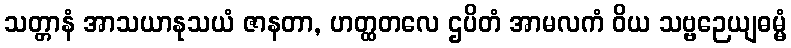
သတ္တာနံ အာသယာနုသယံ ဇာနတာ, ဟတ္ထတလေ ဌပိတံ အာမလကံ ဝိယ သဗ္ဗဉေယျဓမ္မံ